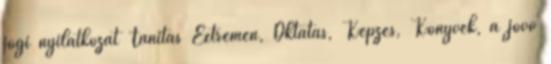
jogi nyilatkozat Tanítás Extrémen, Oktatás, Képzés, Könyvek, a jövő